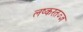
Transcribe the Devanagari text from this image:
लष्करतज्ज्ञ